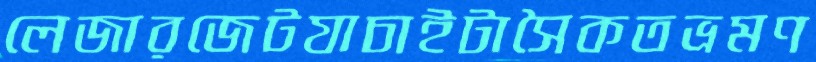
লেজারজেটযাচাইটাসৈকতভ্রমণ